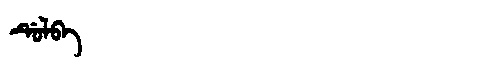
Manchu: ᡩᡠᠯᠪᠠ
Romanization: DULBA